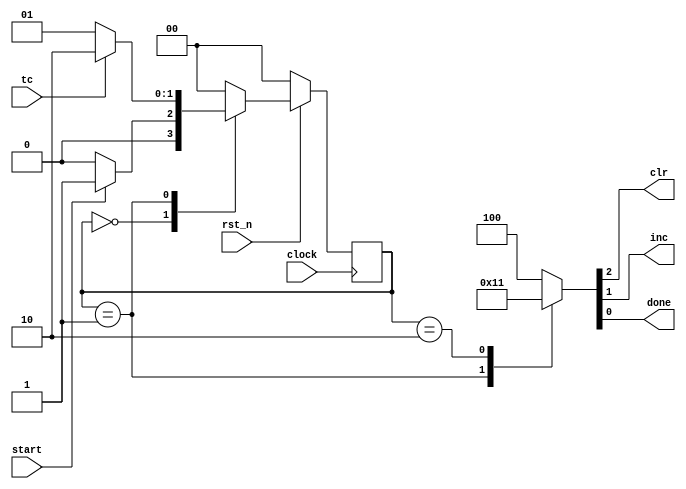
module ctrl_moore (
  input rst_n, clock,
  input start, tc,

  // notice here that the outputs are declared as type reg;
  // remember that these are assigned to within a procedural
  // block and that's what requires them to be a reg type,
  // however, they're not in a clock procedural block so even
  // though they are type reg they are not flip flops
  output reg clr, inc, done
);

  // here I've made the local parameters integers; the
  // simulator will make them the correct width by truncating
  // them
  localparam S0 = 0;
  localparam S1 = 1;
  localparam S2 = 2;

  // this is where the most mistakes are made; ensure that the
  // width of the cstate and nstate variables is sufficient to
  // hold the number of bits required
  reg [1:0] cstate, nstate;

  // the sequential part of the state machine; this won't
  // change except for the type of reset for all of the
  // machines that you build
  always @( posedge clock )
    if( !rst_n )
      cstate <= S0;
    else
      cstate <= nstate;

  // the combinational part; here we evaluate outputs and the
  // next state based on the state that we're in
  always @*
    case( cstate )

      // E.g. if cstate is S0 then we evaluate these expressions;
      // note that I need to include a begin ... end since there
      // are multiple expressions (I forgot this in class)
      S0 : begin
        // this is using concatenation on the LHS just for
        // convenience
        {clr, inc, done} = 3'b100;

        // similarly, this is a ternary assignment and used only
        // for convenience; generally I would use an if clause
        // here
        nstate = start ? S1 : S0;
      end

      S1 : begin
        {clr, inc, done} = 3'b010;
        nstate = tc ? S2 : S1;
      end

      S2 : begin
        {clr, inc, done} = 3'b001;
        nstate = S0;
      end

      // you should always include a default case even though
      // you think that you got all of them above; for the
      // simulator there are 4 values for each bit that
      // include x and z and we've only handled the ones where
      // the bits are 0 and 1
      default : begin
        {clr, inc, done} = 3'b100;
        nstate = S0;
      end
    endcase

endmodule

module ctrl_mealy (
  input rst_n, clock,
  input start, tc,
  output reg clr, inc, done
);

  localparam S0 = 0;
  localparam S1 = 1;

  reg cstate, nstate;

  always @( posedge clock )
    if( !rst_n )
      cstate <= S0;
    else
      cstate <= nstate;

  always @*
    case( cstate )
      S0 : begin
        {clr, inc, done} = 3'b100;
        nstate = start ? S1 : S0;
      end

      // this is the major difference from the implementation
      // above; here the done output of the controller is a
      // Mealy type output based on the cstate begin S1 and the
      // value of TC being asserted
      S1 : begin
        {clr, inc} = 2'b01;
        done = tc;
        nstate = tc ? S0 : S1;
      end

      default : begin
        {clr, inc, done} = 3'b100;
        nstate = S0;
      end
    endcase

endmodule